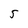
Character: 5